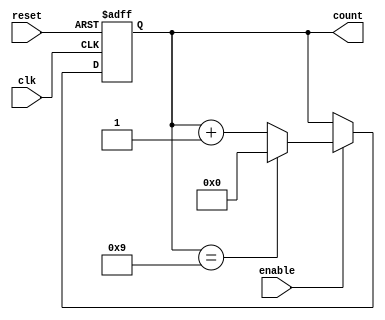
module bcd_counter (
    input wire clk,         // Clock signal
    input wire reset,       // Asynchronous reset signal
    input wire enable,      // Enable signal for counting
    output reg [3:0] count  // 4-bit output for BCD value
);

// Always block for the BCD counter logic
always @(posedge clk or posedge reset) begin
    if (reset) begin
        // Reset the counter to 0
        count <= 4'b0000;
    end else if (enable) begin
        // Increment the counter if enabled
        if (count == 4'b1001) begin
            // If count reaches 9 (1001), reset to 0
            count <= 4'b0000;
        end else begin
            // Increment the counter
            count <= count + 1;
        end
    end
end

endmodule